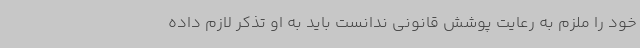
خود را ملزم به رعایت پوشش قانونی ندانست باید به او تذکر لازم داده